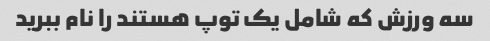
سه ورزش که شامل یک توپ هستند را نام ببرید